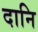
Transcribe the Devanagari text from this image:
दानि